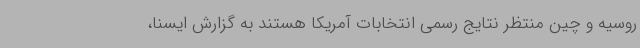
روسیه و چین منتظر نتایج رسمی انتخابات آمریکا هستند به گزارش ایسنا،